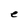
Character: e